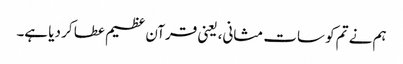
ہم نے تم کو سات مثانی، یعنی قرآن عظیم عطا کر دیا ہے۔